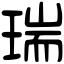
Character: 瑞